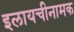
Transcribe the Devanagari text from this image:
इलायचीनामक